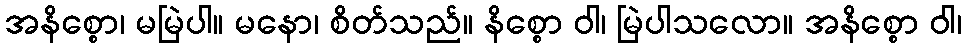
အနိစ္စော၊ မမြဲပါ။ မနော၊ စိတ်သည်။ နိစ္စော ဝါ၊ မြဲပါသလော။ အနိစ္စော ဝါ၊